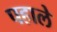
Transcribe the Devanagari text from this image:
पहाले